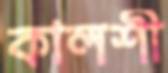
কালশী